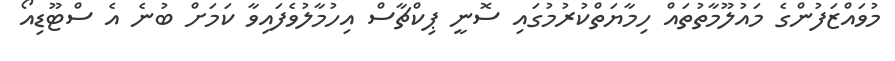
މުވައްޒަފުންގެ މައުލޫމާތުތައް ހިމާޔަތްކުރުމުގައި ސޮނީ ޕިކްޗާސް އިހުމާލުވެފައިވާ ކަމަށް ބުނެ އެ ސްޓޫޑިއޯ